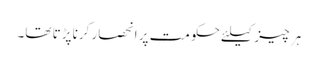
ہر چیز کیلئے حکومت پر انحصار کرنا پڑتا تھا۔